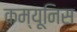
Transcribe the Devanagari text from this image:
कम्यूनिस